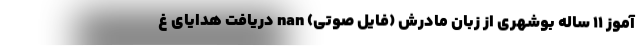
آموز 11 ساله بوشهری از زبان مادرش (فایل صوتی) nan دریافت هدایای غ